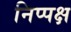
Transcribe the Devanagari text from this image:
निप्पक्ष